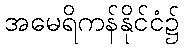
အမေရိကန်နိုင်ငံ၌